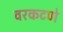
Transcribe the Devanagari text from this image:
वरकटणे